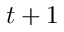
t + 1